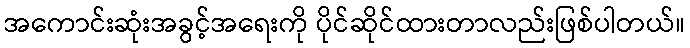
အကောင်းဆုံးအခွင့်အရေးကို ပိုင်ဆိုင်ထားတာလည်းဖြစ်ပါတယ်။